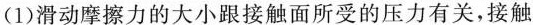
(1)滑动摩擦力的大小跟接触面所受的压力有关，接触